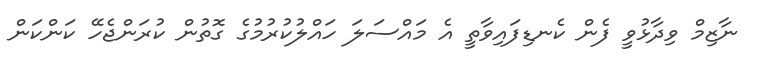
ނާޒިމް ވިދާޅުވީ ފެން ކެނޑިފައިވާތީ އެ މައްސަލަ ހައްލުކުރުމުގެ ގޮތުން ކުރަންޖެހޭ ކަންކަން